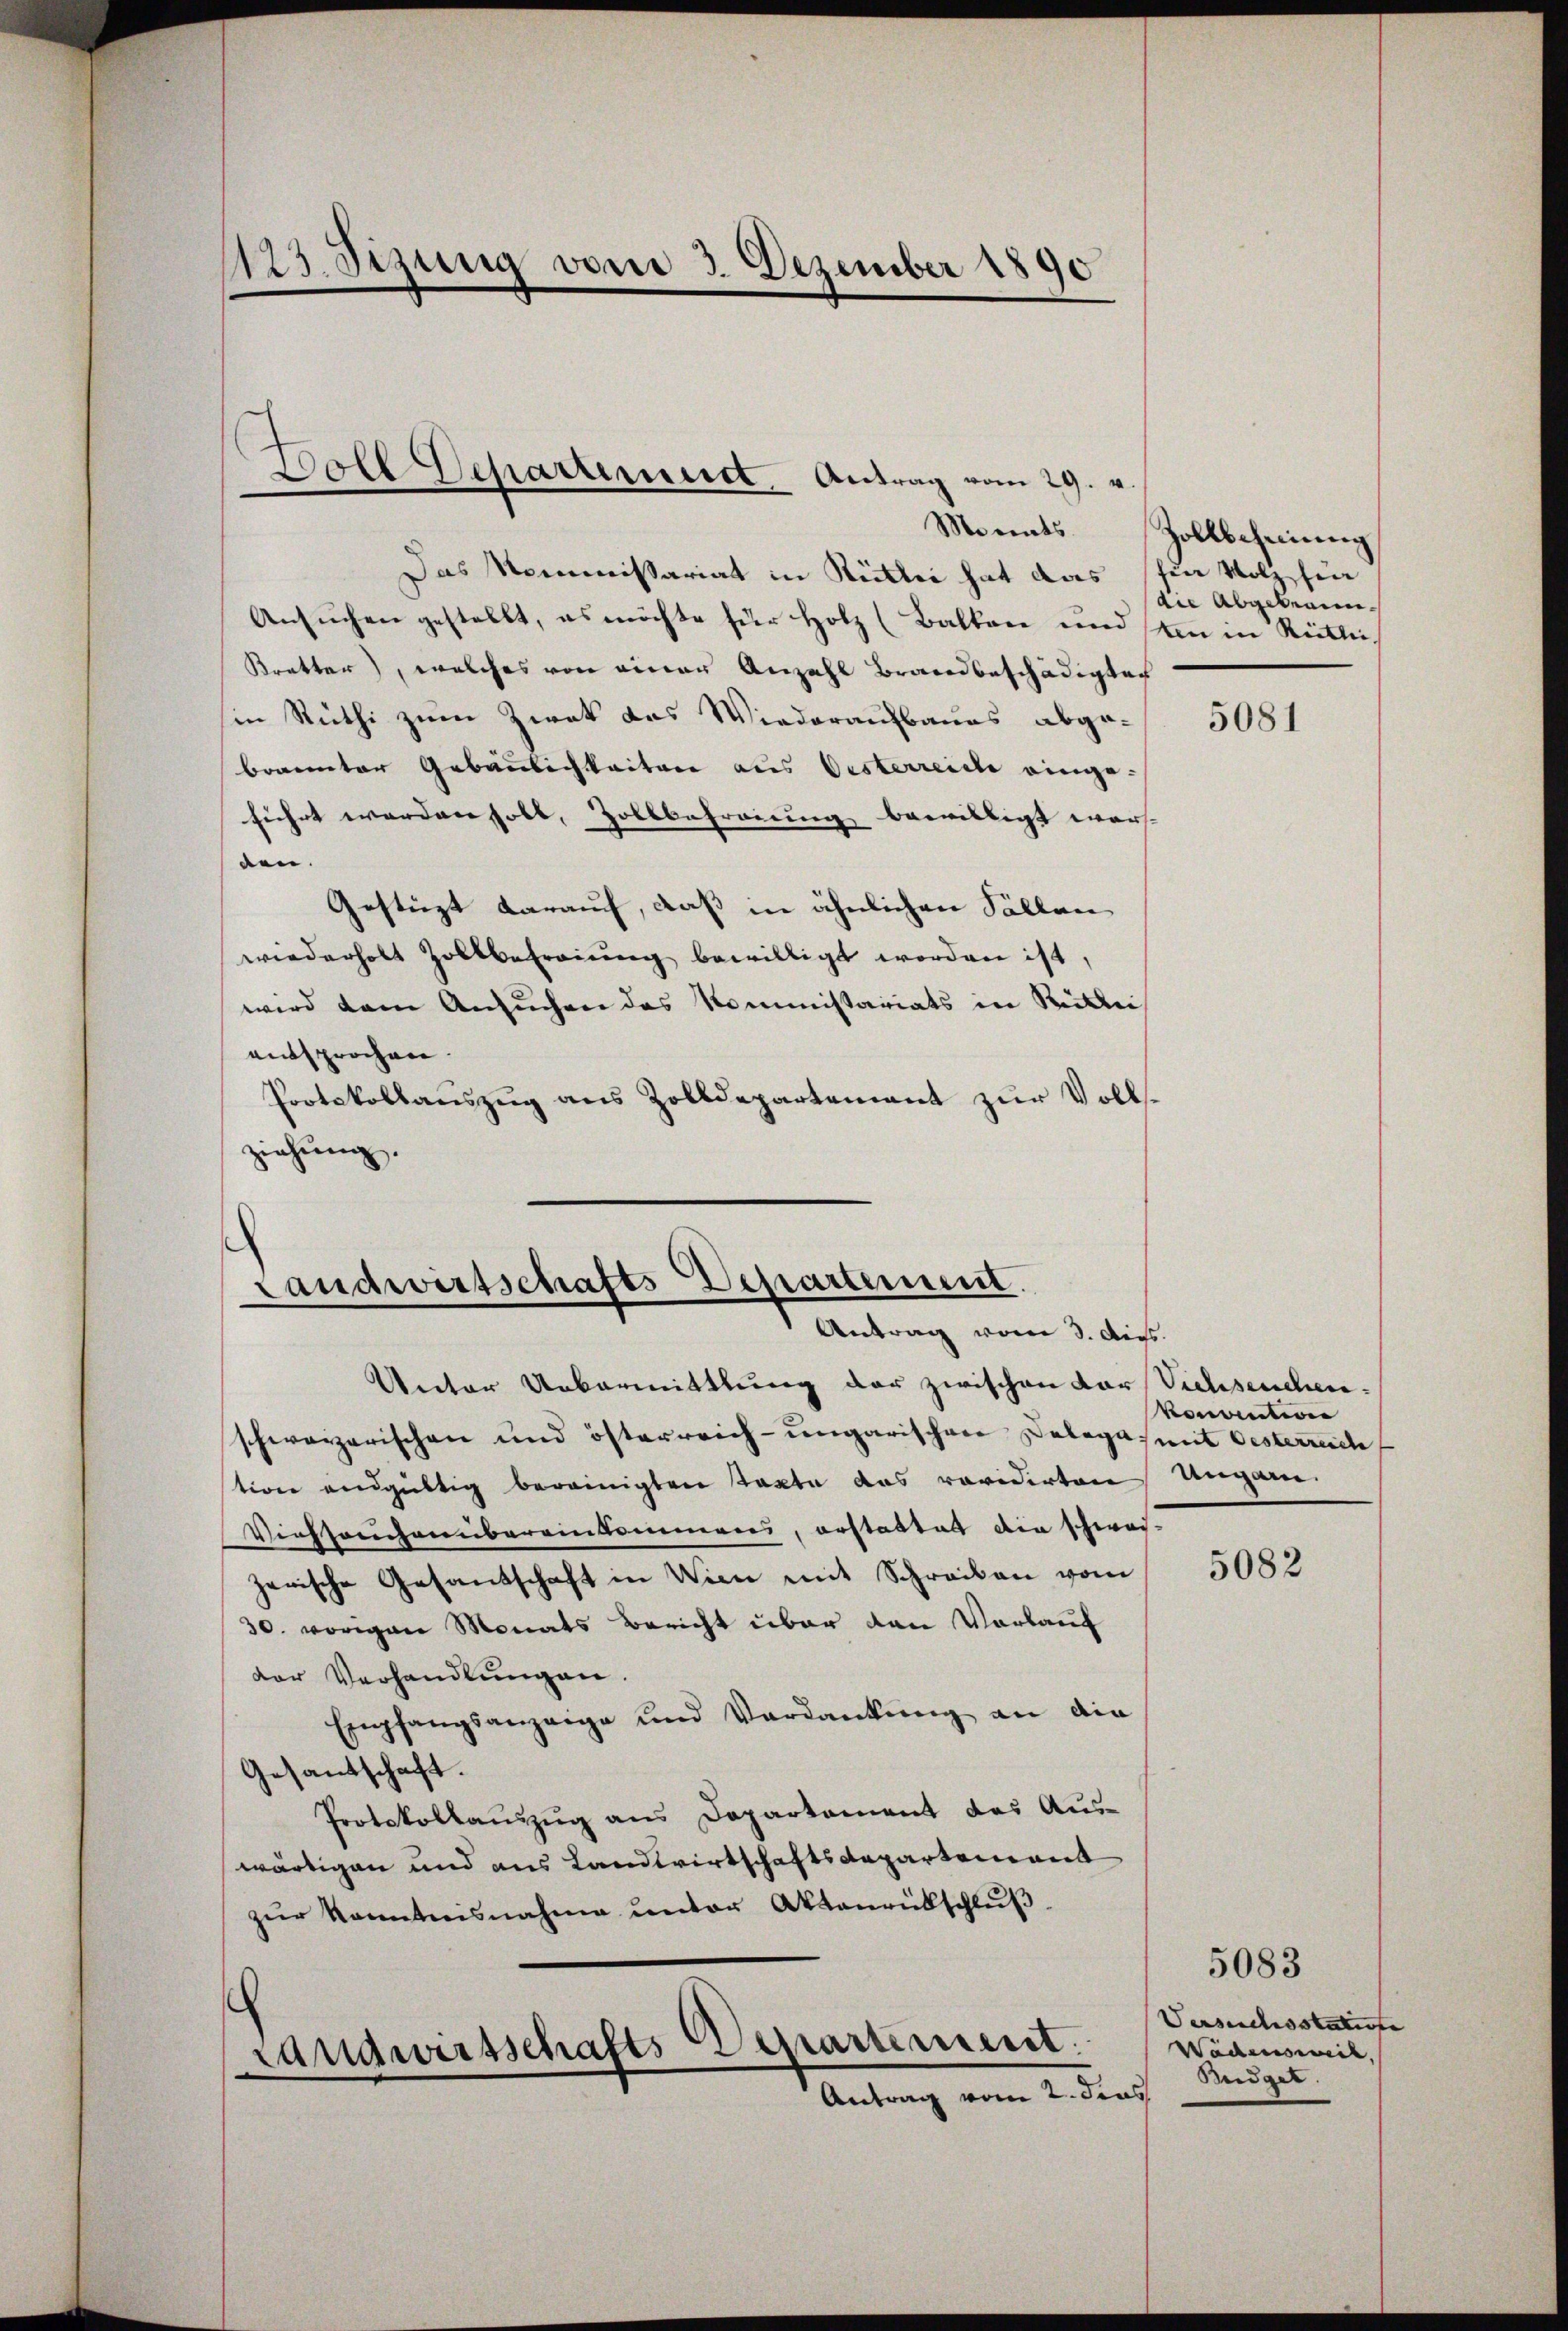
1123. Sizung vom 3. Dezember 1890

Boll Separtement. Antrag vom 29. v.
Monats

Das Kommissariat in Rittei hat das für Wolz für
Ansuchen gestellt, es möchte für Holz (Balken und um in Rütli¬
Kretter, welches von einer Anzahl Brandbeschädigten
in Rüthi zum Zwek das Wiederaufbaues abge-
brannter Gebäulichkeitere aus Oesterreiche einge-
führt werden soll, Zollbefreiung bewilligt wors
den.
Gestüzt darauf, daß in ähnlichen Fällen
wiederholt Zollbefreiung bewilligt worden ist,
wird dem Ansuchen das Kommissariats in Rüklei
entsprochen.
Protokollauszug aus Zolldepartement zur Vollsziehung.

Landwirtschafts-Departement.
Antrag vom 3. Augs

Unter Uebermittlung der zwischen der Viehseuchenschweizerischen und österreich-ungarischen Delegamit Oesterreich
tion endgültig bereinigten Texte das revidirten Umgane.
Viehseuchenübereinkommens, erstattet die schwei-
zerische Gesandschaft in Wien mit Schreiben vom
30. vorigen Monats Bericht über den Vorlauf
der Verhandlŭngen.
Empfangsanzeige und Verdankŭng an die
Gesantschaft.
Protokollauszug aus Departement des Aus-
wärtigen und aus Landwirtschaftsdepartement
zŭr Kenntnisnahme unter Aktenrütschlŭβ
Landwirtschafts Departement.
Antrag vom 2. dies

Zollbeheinung
die Abgebraun¬

5081

konvention

5082

Versuchsstatiste
Wädensweil,
Budger.

5083